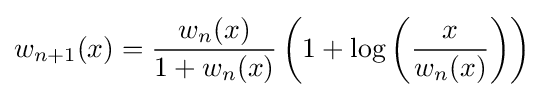
w_{n+1}(x)={\frac {w_{n}(x)}{1+w_{n}(x)}}\left(1+\log \left({\frac {x}{w_{n}(x)}}\right)\right)